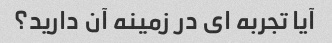
آیا تجربه ای در زمینه آن دارید؟